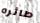
طائره